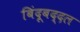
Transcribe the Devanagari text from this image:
बिंदूबद्दल